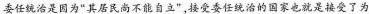
委任统治是因为“其居民尚不能自立”，接受委任统治的国家也就是接受了为